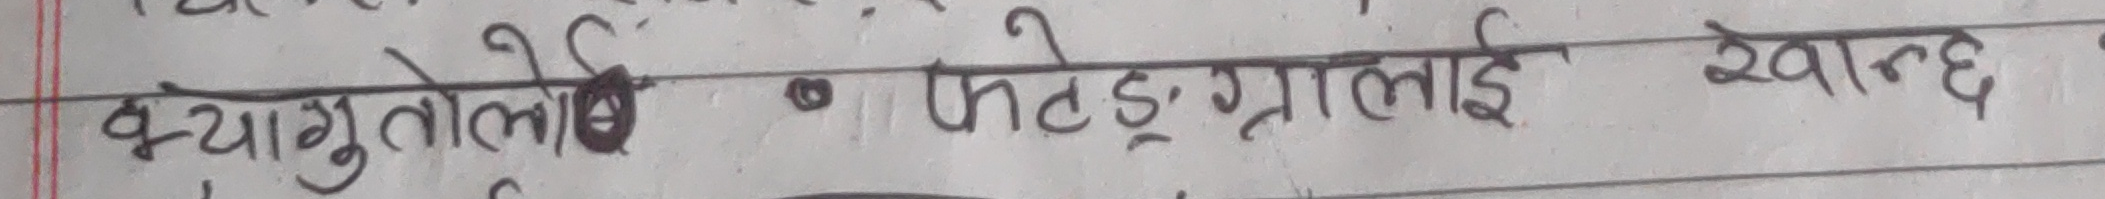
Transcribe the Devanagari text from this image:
कुकुरलाई खान्छ ?